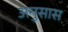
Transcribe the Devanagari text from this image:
अनुसास